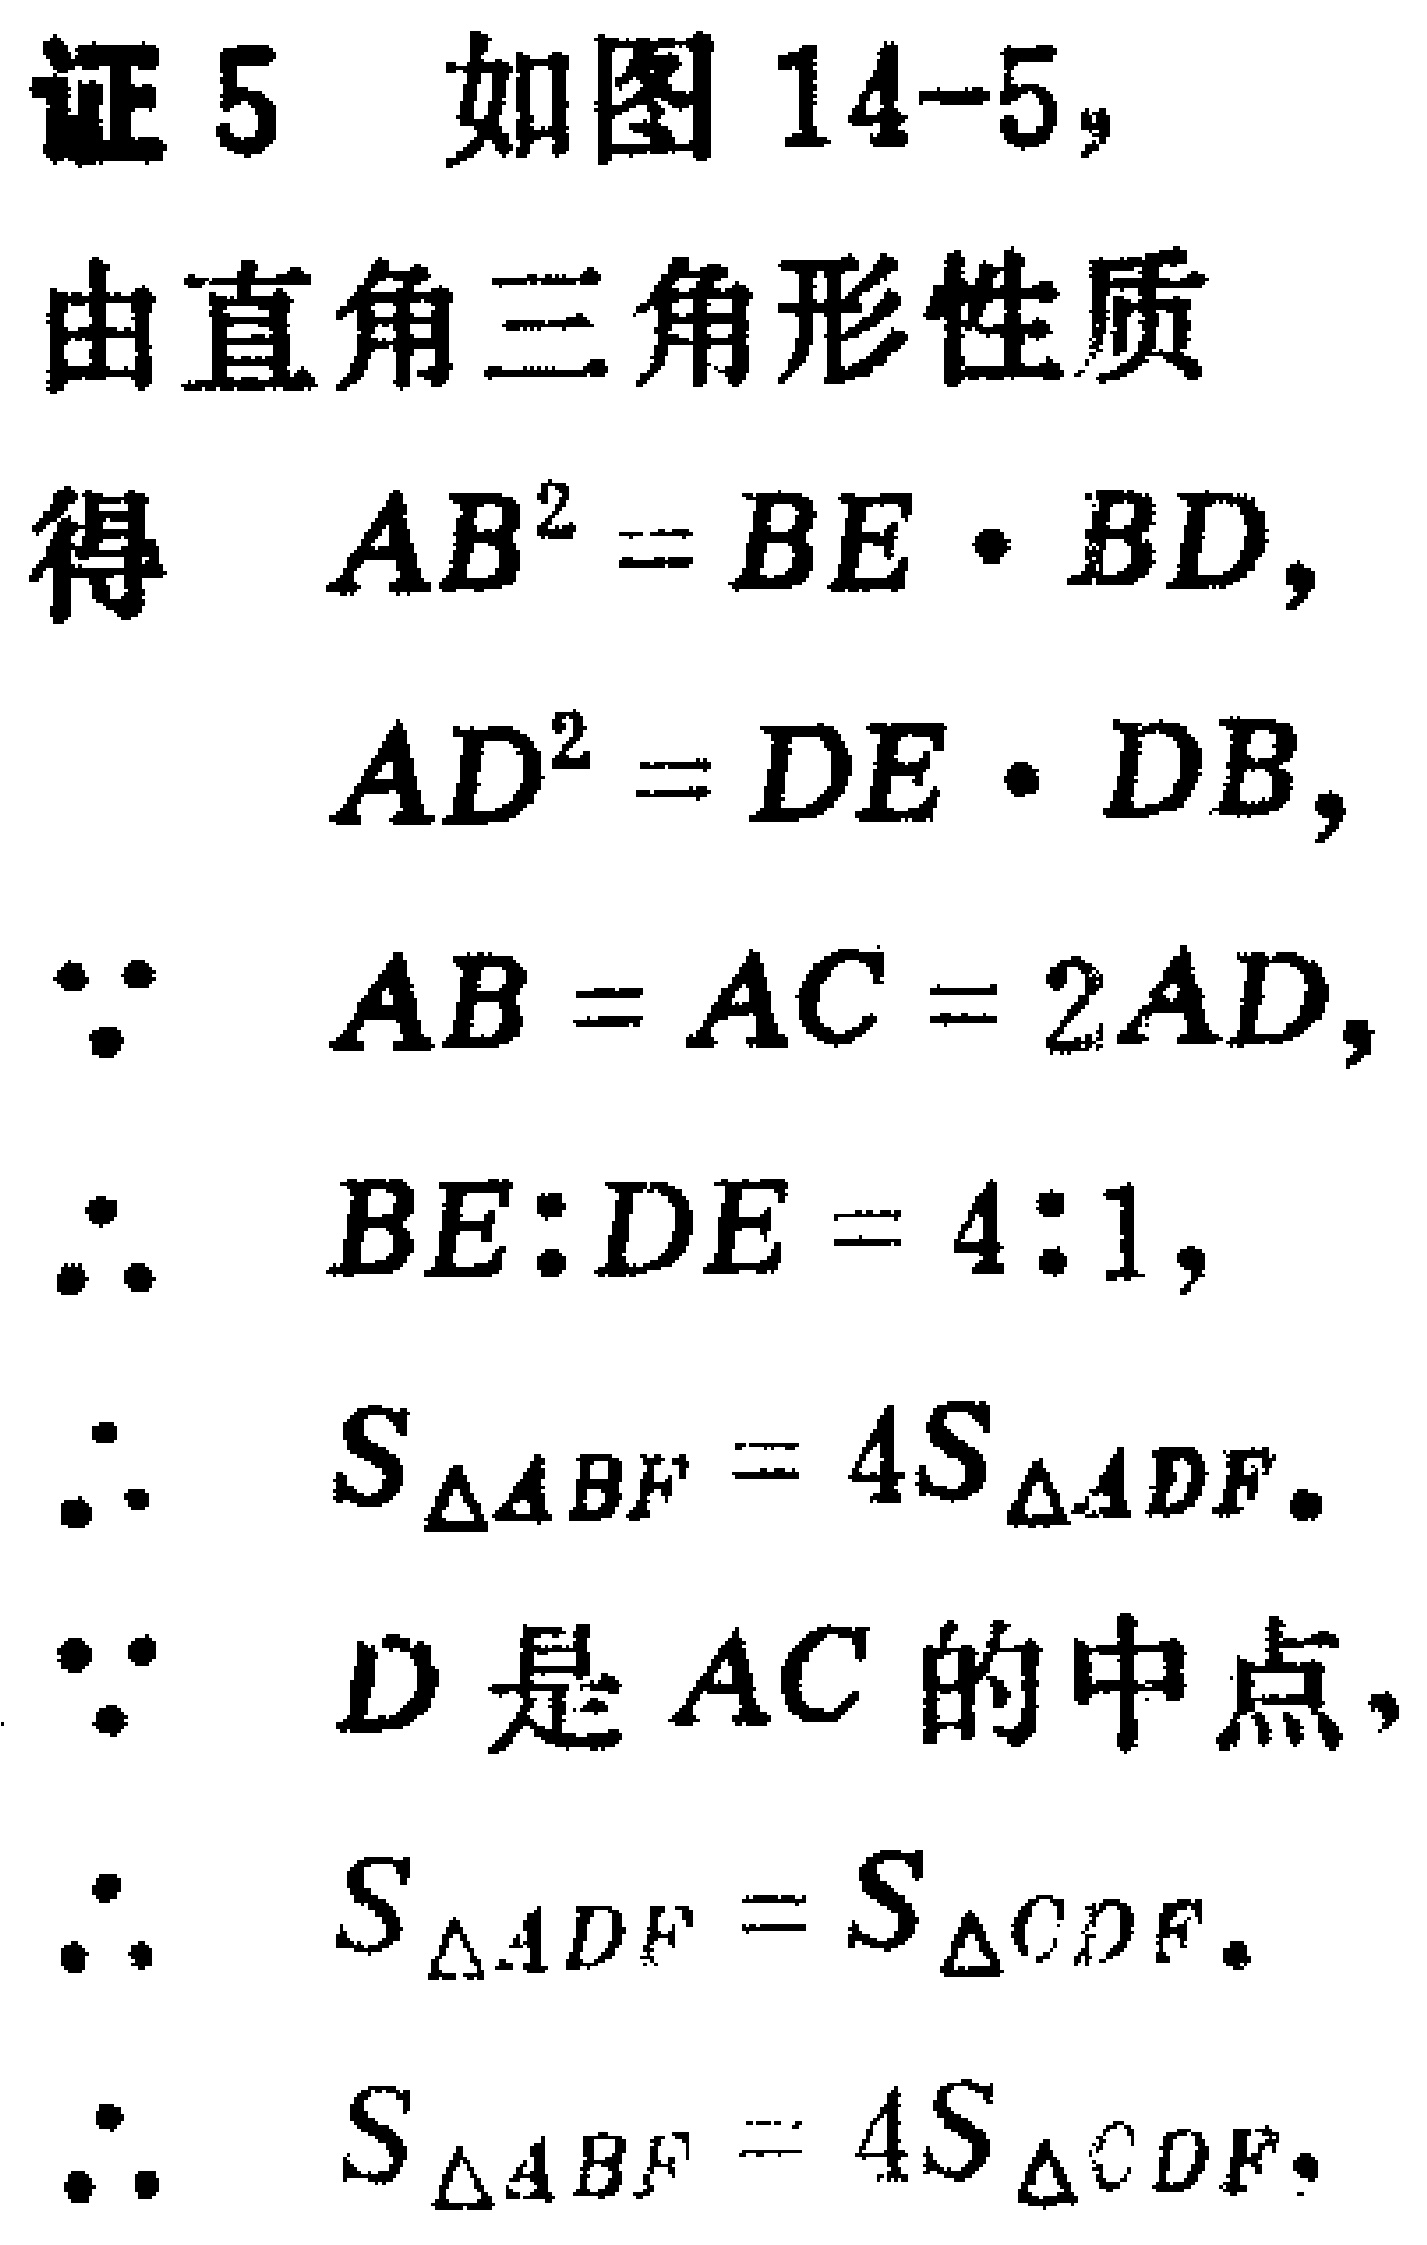
证5 如图14-5，

由直角三角形性质

得 \(AB^{2}=BE\cdot BD\)，

\(AD^{2}=DE\cdot DB\)，

\(\because AB = AC = 2AD\)，

\(\therefore BE:DE = 4:1\)，

\(\therefore S_{\triangle ABF}=4S_{\triangle ADF}\)。

\(\because D\)是\(AC\)的中点，

\(\therefore S_{\triangle ADF}=S_{\triangle CDF}\)。

\(\therefore S_{\triangle ABF}=4S_{\triangle CDF}\)。